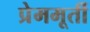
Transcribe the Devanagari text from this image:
प्रेममूर्ती